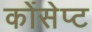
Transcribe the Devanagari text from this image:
कोंसेप्ट